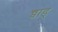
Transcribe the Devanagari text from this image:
च्वाड्